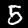
Label: 5